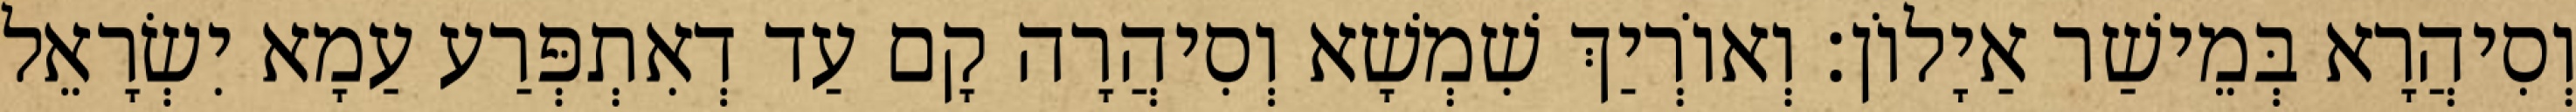
וְסִיהֲרָא בְּמֵישַׁר אַיָלוֹן׃ וְאוֹרְיַךְ שִׁמְשָׁא וְסִיהֲרָה קָם עַד דְאִתְפְּרַע עַמָא יִשְׂרָאֵל